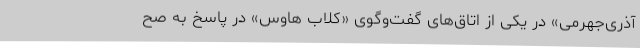
آذری‌جهرمی» در یکی از اتاق‌های گفت‌وگوی «کلاب هاوس» در پاسخ به صح